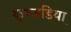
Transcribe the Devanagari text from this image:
कुरजडिया़